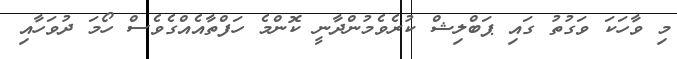
މި ވާހަކަ ވަގުތު ގައި ޕަބްލިޝް ކުރެވެމުންދާނީ ކޮންމެ ހަފްތާއެއްގެވެސް ހޯމަ ދުވަހާއި